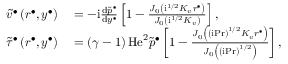
\begin{array} { r l } { \widetilde { v } ^ { \bullet } \left( r ^ { \bullet } , y ^ { \bullet } \right) } & { { } = - \mathrm { i } \frac { \mathrm { d } \widetilde { p } ^ { \bullet } } { \mathrm { d } y ^ { \bullet } } \left[ 1 - \frac { J _ { 0 } \left( \mathrm { i } ^ { 1 / 2 } K _ { v } r ^ { \bullet } \right) } { J _ { 0 } \left( \mathrm { i } ^ { 1 / 2 } K _ { v } \right) } \right] , } \\ { \widetilde { \tau } ^ { \bullet } \left( r ^ { \bullet } , y ^ { \bullet } \right) } & { { } = \left( \gamma - 1 \right) \mathrm { H e } ^ { 2 } \widetilde { p } ^ { \bullet } \left[ 1 - \frac { J _ { 0 } \left( \left( \mathrm { i } \mathrm { P r } \right) ^ { 1 / 2 } K _ { v } r ^ { \bullet } \right) } { J _ { 0 } \left( \left( \mathrm { i } \mathrm { P r } \right) ^ { 1 / 2 } \right) } \right] , } \end{array}